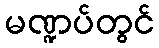
မဏ္ဍပ်တွင်